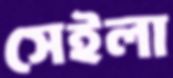
সেইলা